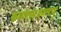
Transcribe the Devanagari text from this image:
कमलाम्अमलाम्